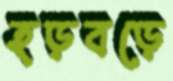
হড়বড়ে